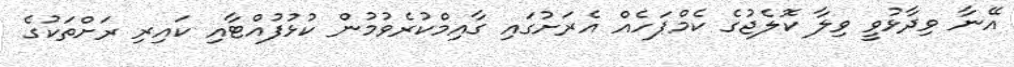
އޭނާ ވިދާޅުވީ ވިލާ ކޮލެޖުގެ ކެމްޕަހެއް އެރަށުގައި ގާއިމްކުރެވުމުން ކުޅުފުއްޓާއި ކައިރި ރަށްތަކުގެ